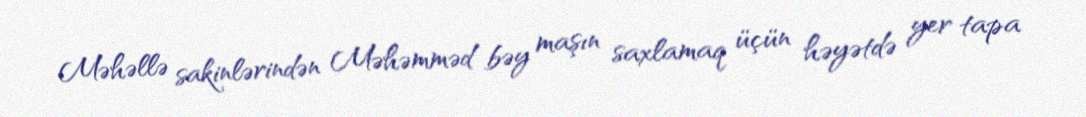
Məhəllə sakinlərindən Məhəmməd bəy maşın saxlamaq üçün həyətdə yer tapa